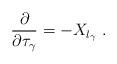
LaTeX: \begin{align*}\frac{\partial}{\partial \tau_\gamma} = -X_{l_\gamma}~.\end{align*}